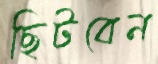
ছিটবেন